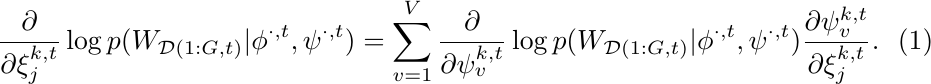
\begin{equation} \label{eq:diff_log_p_xi}
    \frac{\partial}{\partial \xi^{k,t}_j} \log p(W_{\mathcal{D}(1:G,t)} | \phi^{\cdot,t}, \psi^{\cdot,t}) = \sum_{v=1}^V \frac{\partial}{\partial  \psi^{k,t}_v} \log p(W_{\mathcal{D}(1:G,t)} | \phi^{\cdot,t}, \psi^{\cdot,t}) \frac{\partial \psi^{k,t}_v}{\partial  \xi^{k,t}_j} \text{.}
\end{equation}